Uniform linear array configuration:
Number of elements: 16
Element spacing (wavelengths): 0.75
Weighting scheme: exponential
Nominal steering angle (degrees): -30
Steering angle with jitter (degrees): -29.598
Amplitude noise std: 0.05
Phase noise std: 0.05

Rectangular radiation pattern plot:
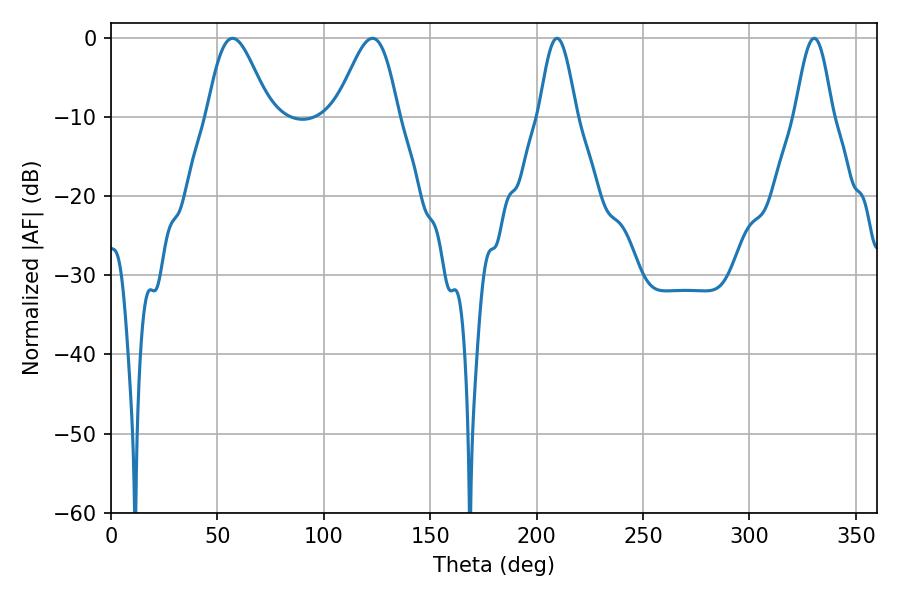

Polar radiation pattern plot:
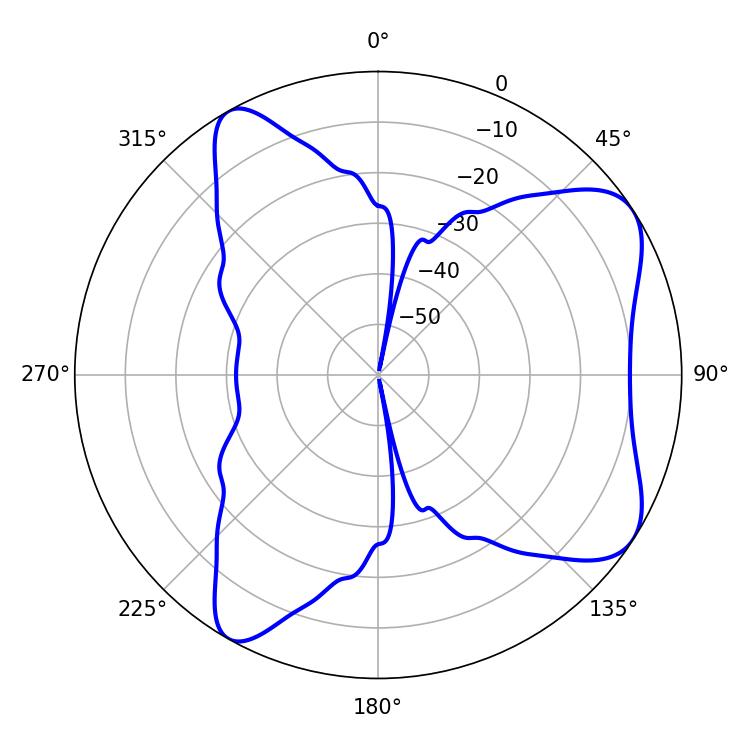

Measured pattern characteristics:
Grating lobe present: TRUE
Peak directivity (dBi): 7.245
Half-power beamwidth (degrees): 15.48
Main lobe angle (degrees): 57.06